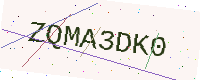
Text: ZQMA3DK0